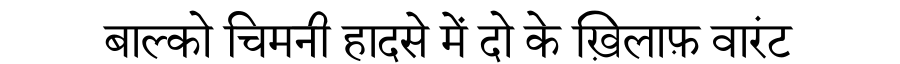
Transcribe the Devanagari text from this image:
बाल्को चिमनी हादसे में दो के ख़िलाफ़ वारंट